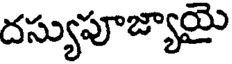
దస్యుపూజ్యాయై